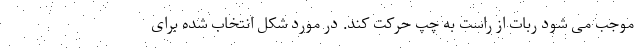
موجب می شود ربات از راست به چپ حرکت کند. در مورد شکل انتخاب شده برای